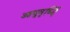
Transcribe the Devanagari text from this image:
आयुवृर्ध्दि